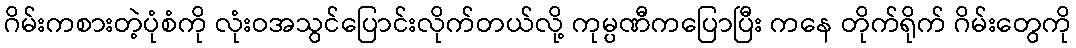
ဂိမ်းကစားတဲ့ပုံစံကို လုံးဝအသွင်ပြောင်းလိုက်တယ်လို့ ကုမ္ပဏီကပြောပြီး ကနေ တိုက်ရိုက် ဂိမ်းတွေကို